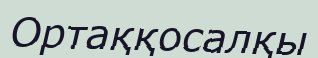
Ортаққосалқы